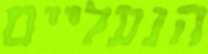
הנעליים